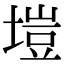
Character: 塏